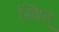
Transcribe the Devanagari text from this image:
स्थित्